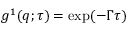
\ g ^ { 1 } ( q ; \tau ) = \exp ( - \Gamma \tau )